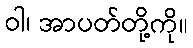
ဝါ၊ အာပတ်တို့ကို။